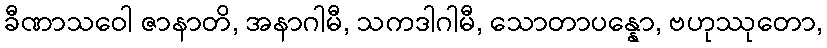
ခီဏာသဝေါ ဇာနာတိ, အနာဂါမီ, သကဒါဂါမီ, သောတာပန္နော, ဗဟုဿုတော,